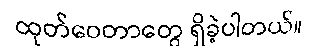
ထုတ်ဝေတာတွေ ရှိခဲ့ပါတယ်။